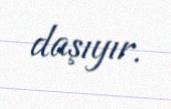
daşıyır.